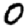
Digit: 0